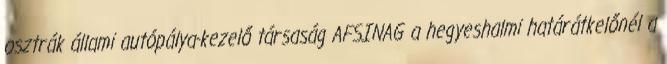
osztrák állami autópálya-kezelő társaság AFSINAG a hegyeshalmi határátkelőnél a